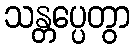
သန္တပ္ပေတွာ